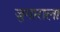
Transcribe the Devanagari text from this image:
जुगाराला